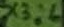
Text: X3:6